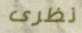
نظرى